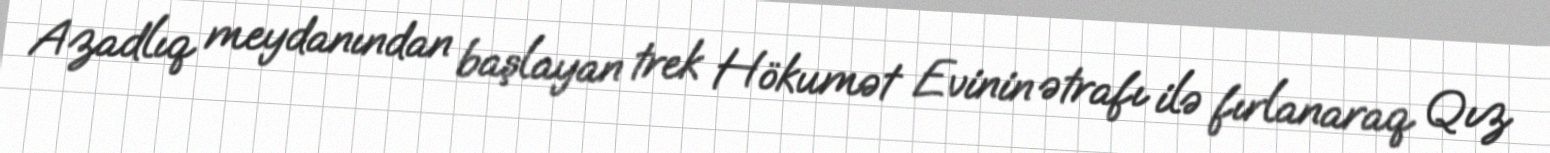
Azadlıq meydanından başlayan trek Hökumət Evinin ətrafı ilə fırlanaraq Qız